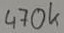
Text: 470k